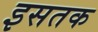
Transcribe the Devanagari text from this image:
इसतक